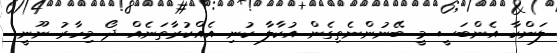
ލަންކާ އެންބަސީ މީ ބޭނުންނެތިގެން އުކާލާ ކުނި އެއްކުރާތަނެއް ދޯ މިހާރު ނޫނީ